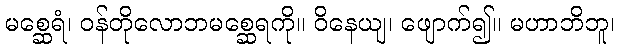
မစ္ဆေရံ၊ ဝန်တိုလောဘမစ္ဆေရကို။ ဝိနေယျ၊ ဖျောက်၍။ မဟာဘိဘူ၊